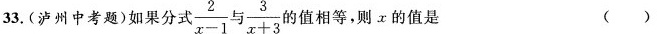
3.(泸州中考题)如果分式 $$\frac{2}{x-1}$$ $$\frac{3}{x+3}$$ 的值相等。则x的值是 ()